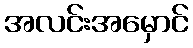
အလင်းအမှောင်